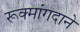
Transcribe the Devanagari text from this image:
रूक्मांगदाने